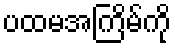
ပထမအကြိမ်ကို